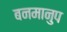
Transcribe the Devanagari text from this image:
बनमानुप